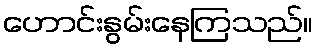
ဟောင်းနွမ်းနေကြသည်။